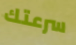
سرعتك